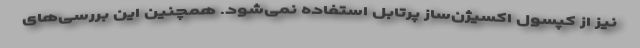
نیز از کپسول اکسیژن‌ساز پرتابل استفاده نمی‌شود. همچنین این بررسی‌های